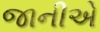
જાનીએ